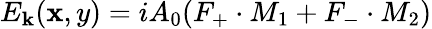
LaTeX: {E_{\mathbf{k}}}(\mathbf{x},y)=iA_{0}({F_{+}}\cdot{M_{1}}+{F_{-}}\cdot{M_{2}})